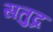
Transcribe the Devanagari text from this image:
सतुद्र